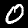
Digit: 0